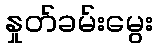
နှုတ်ခမ်းမွေး